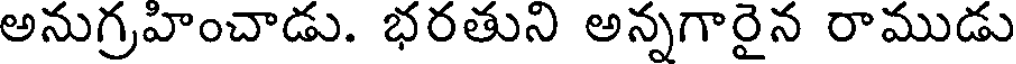
అనుగ్రహించాడు. భరతుని అన్నగారైన రాముడు